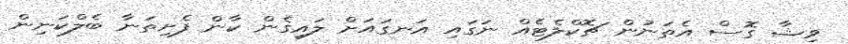
ވިޝާ ގޮސް އެތަނުން ޗޮކްލެޓެއް ނަގައި އަނގައަށް ލައިގެން ކާން ފެށިތަނާ ބެލްކަނިން